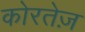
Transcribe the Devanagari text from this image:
कोरतेज़